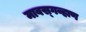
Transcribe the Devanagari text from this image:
मावस्गव्हाण